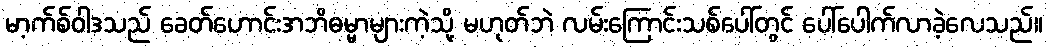
မာ့က်စ်ဝါဒသည် ခေတ်ဟောင်းအဘိဓမ္မာများကဲ့သို့ မဟုတ်ဘဲ လမ်းကြောင်းသစ်ပေါ်တွင် ပေါ်ပေါက်လာခဲ့လေသည်။